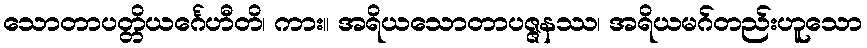
သောတာပတ္တိယင်္ဂေဟီတိ၊ ကား။ အရိယသောတာပဇ္ဇနဿ၊ အရိယမဂ်တည်းဟူသော